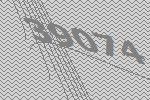
39074